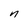
Character: n